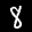
Label: 8